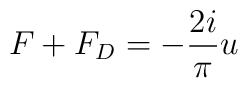
F+F_D= - \frac{2i}{\pi} u